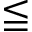
\leqq